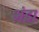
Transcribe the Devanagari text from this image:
भंडा